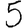
Digit: 5